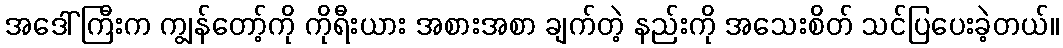
အဒေါ်ကြီးက ကျွန်တော့်ကို ကိုရီးယား အစားအစာ ချက်တဲ့ နည်းကို အသေးစိတ် သင်ပြပေးခဲ့တယ်။